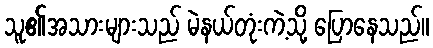
သူ၏အသားများသည် မဲနယ်တုံးကဲ့သို့ ပြောနေသည်။